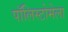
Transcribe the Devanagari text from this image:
पॉलिस्टोमेला